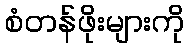
စံတန်ဖိုးများကို